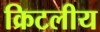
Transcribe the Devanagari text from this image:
क्रिटलीय